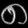
Digit: ၈